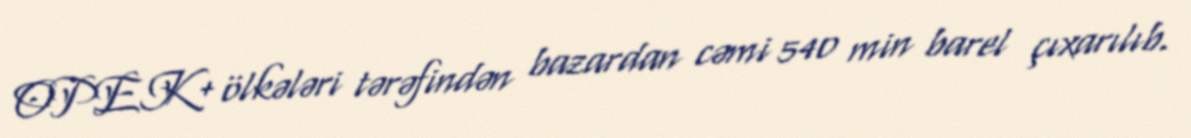
OPEK+ ölkələri tərəfindən bazardan cəmi 540 min barel çıxarılıb.